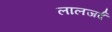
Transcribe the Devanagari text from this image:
लालजर्द